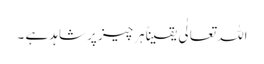
اللہ تعالٰی یقیناً ہرچیز پر شاہد ہے ۔